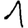
Digit: 1